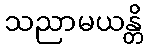
သညာမယန္တိ